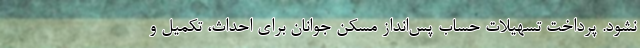
نشود. پرداخت تسهیلات حساب پس‌انداز مسکن جوانان برای احداث، تکمیل و